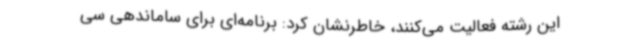
این رشته فعالیت می‌کنند، خاطرنشان کرد: برنامه‌ای برای ساماندهی سی